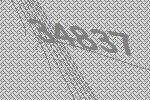
34837